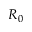
R _ { 0 }